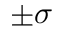
\pm \sigma